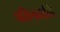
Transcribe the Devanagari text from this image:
पकिडकळि